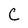
Character: C